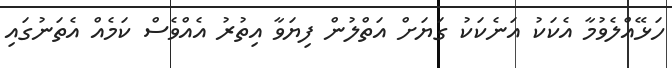
ހަޅޭއްލެވުމާ އެކަކު އަނެކަކު ގަޔަށް އަތްލުން ފިޔަވާ އިތުރު އެއްވެސް ކަމެއް އެތަނުގައި